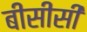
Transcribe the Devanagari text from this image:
बीसीसी